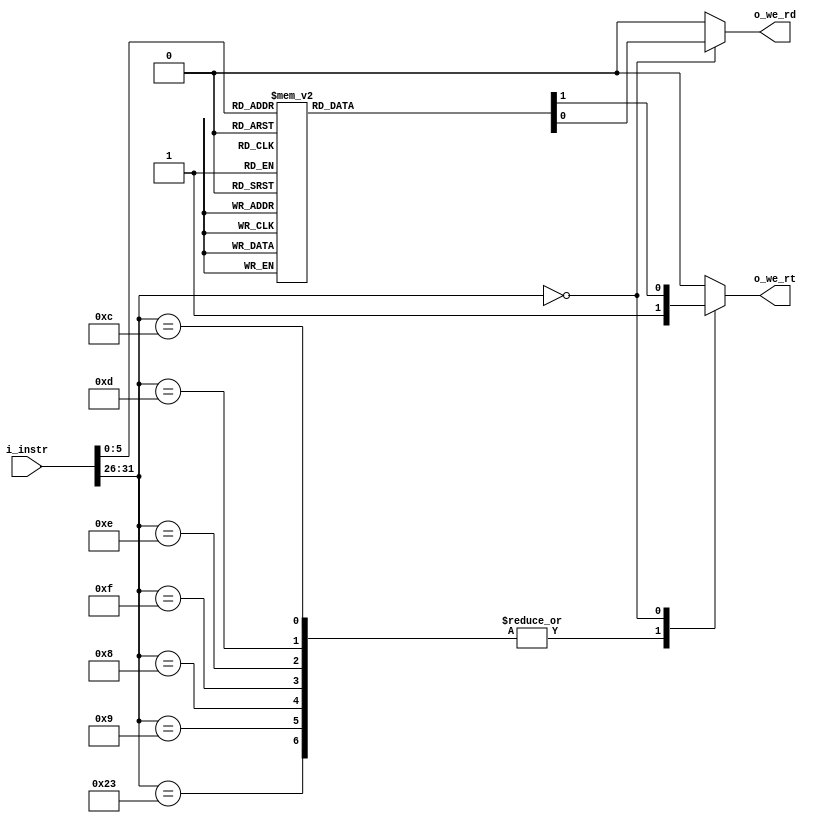
module Destination( i_instr,
                    //o_CompReg,
                    o_we_rd,
                    o_we_rt
                   );
  
input       [31:0]  i_instr;
//output  reg [31:0]  o_CompReg;
output  reg         o_we_rd, o_we_rt;

/******************************************************************/
/********************Opcodes and Functions*************************/
//Functions
localparam AND  = 6'b100100,  OR    = 6'b100101, NOR  = 6'b100111,  XOR  = 6'b100110;
localparam ADD  = 6'b100000,  SUB   = 6'b100010, ADDU = 6'b100001,  SUBU = 6'b100011;  
localparam SLT  = 6'b101010,  SLTU  = 6'b101011;
localparam SLL  = 6'b000000,  SLLV  = 6'b000100, SRL  = 6'b000010,  SRLV = 6'b000110;
localparam SRA  = 6'b000011,  SRAV  = 6'b000111;   
localparam ROTR = 6'b111110,  ROTRV = 6'b111111;
localparam JR   = 6'b001000;
//OpCodes
localparam ADDI = 6'b001000,  ADDIU = 6'b001001, LUI  = 6'b001111;
localparam ANDI = 6'b001100,  ORI   = 6'b001101, XORI = 6'b001110;
localparam LW   = 6'b100011,  SW    = 6'b101011;
localparam BEQ  = 6'b000100,  BNE   = 6'b000101, J    = 6'b000010;
/******************************************************************/

wire  [4:0] w_Rt = i_instr[20:16];
wire  [4:0] w_Rd = i_instr[15:11];
wire  [5:0] Opcode = i_instr[31:26];
wire  [5:0] Func   = i_instr[5:0];

always @* begin
 // o_CompReg = 0;
  o_we_rd   = 0;
  o_we_rt   = 0;
  case(Opcode)
	  ANDI, ORI, XORI,
	  LUI, ADDI, ADDIU,LW: 
	                 begin
	                   //o_CompReg = w_Rt;
	                   o_we_rd = 1'b0;
	                   o_we_rt = 1'b1;
	                 end  
	   0:case(Func)
	     AND,  OR,   NOR,
	     XOR,  ADD,  SUB, 
	     ADDU, SUBU, SLT, 
	     SLTU, SLLV, SRLV, 
	     SRAV,   SRL, SRA: 
	           begin
	             //o_CompReg = w_Rd;
	             o_we_rd = 1'b1;
	             o_we_rt = 1'b0;     
	           end
	           
	   endcase
  endcase
end 
endmodule